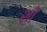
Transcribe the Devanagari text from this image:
श़ी